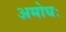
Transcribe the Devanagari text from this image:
अमोघः